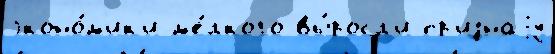
эконо́м'ик'и м'е́лкого вы́росл'и пр'изнаjу